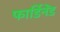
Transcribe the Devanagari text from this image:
फार्डिनेंड